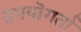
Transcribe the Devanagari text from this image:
उपयॊगर्ता